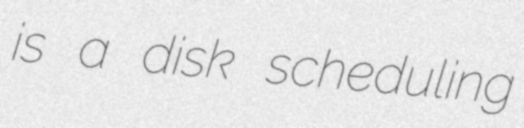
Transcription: is a disk scheduling